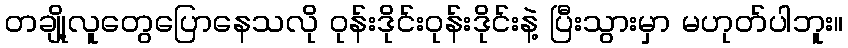
တချို့လူတွေပြောနေသလို ဝုန်းဒိုင်းဝုန်းဒိုင်းနဲ့ ပြီးသွားမှာ မဟုတ်ပါဘူး။